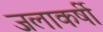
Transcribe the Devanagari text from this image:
जलाकर्षी